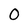
Character: 0